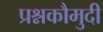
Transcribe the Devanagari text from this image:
प्रश्नकौमुदी